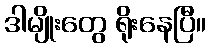
ဒါမျိုးတွေ ရိုးနေပြီ။